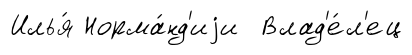
Илья́ Норма́нд'иjи Влад'е́л'ец